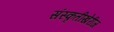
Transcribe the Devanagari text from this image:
संस्कृतीखेरीज